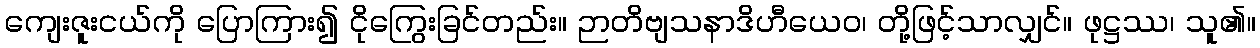
ကျေးဇူးငယ်ကို ပြောကြား၍ ငိုကြွေးခြင်တည်း။ ဉာတိဗျသနာဒိဟီယေဝ၊ တို့ဖြင့်သာလျှင်။ ဖုဋ္ဌဿ၊ သူ၏။